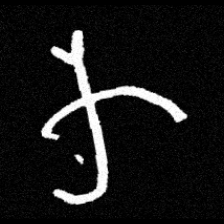
Pyu character \u2014 Myanmar letter: က (romanized: ka)